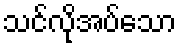
သင်လိုအပ်သော